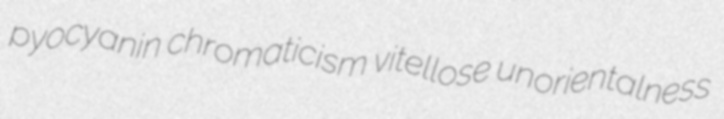
pyocyanin chromaticism vitellose unorientalness